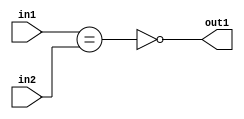
`timescale 1ps / 1ps
/*****************************************************************************
    Verilog RTL Description
    
    
    Created by: Stratus DpOpt 21.05.01 
*******************************************************************************/

module Filter_NotEQ_4Ux3U_1U_4 (
	in2,
	in1,
	out1
	); /* architecture "behavioural" */ 
input [3:0] in2;
input [2:0] in1;
output  out1;
wire  asc001,
	asc002;

assign asc002 = (in1==in2);

assign asc001 = 
	((~asc002));

assign out1 = asc001;
endmodule

/* CADENCE  ubPxSg0= : u9/ySxbfrwZIxEzHVQQV8Q== ** DO NOT EDIT THIS LINE ******/